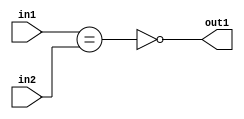
`timescale 1ps / 1ps
/*****************************************************************************
    Verilog RTL Description
    
    
    Created by: Stratus DpOpt 21.05.01 
*******************************************************************************/

module Filter_NotEQ_4Ux3U_1U_4 (
	in2,
	in1,
	out1
	); /* architecture "behavioural" */ 
input [3:0] in2;
input [2:0] in1;
output  out1;
wire  asc001,
	asc002;

assign asc002 = (in1==in2);

assign asc001 = 
	((~asc002));

assign out1 = asc001;
endmodule

/* CADENCE  ubPxSg0= : u9/ySxbfrwZIxEzHVQQV8Q== ** DO NOT EDIT THIS LINE ******/